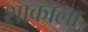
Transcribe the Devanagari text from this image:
शाकाला